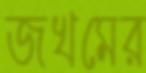
জখমের